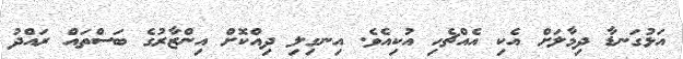
އަޅުގަނޑާ ދިމާލަށް އެކި އެއްޗެހި އުކިއެވެ. އިނގިލި ދިއްކޮށް އިންޒާރުގެ ބަސްތައް ރައްދު